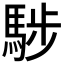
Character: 𩣝